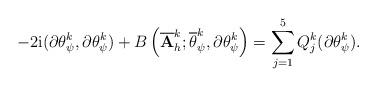
LaTeX: \begin{align*} {\displaystyle -2\mathrm{i}(\partial \theta^{k}_{\psi},\partial{\theta_{\psi}^{k}})+ B\left(\overline{\mathbf{A}}^{k}_{h};\overline{\theta}_{\psi}^{k},\partial{\theta_{\psi}^{k}}\right) =\sum_{j=1}^{5}Q_{j}^{k}(\partial{\theta_{\psi}^{k}}) .} \end{align*}